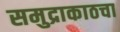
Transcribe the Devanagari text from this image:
समुद्राकाठचा